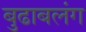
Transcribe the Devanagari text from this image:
बुढाबलंग